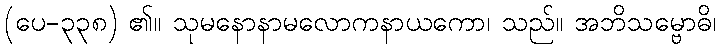
(ပေ-၃၃၈) ၏။ သုမနောနာမလောကနာယကော၊ သည်။ အဘိသမ္ဗောဓိ၊